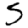
Digit: 5